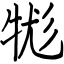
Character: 牻